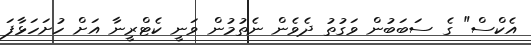
އެކްސް" ގެ ސަބަބުން ވަގުތު ދެވެން ނެތުމުން ވަނީ ކެޓްރީނާ އަށް ހުށަހަޅާފަ